Newspaper: Morning appeal. [volume]
Place of publication: Carson City, Nev.
Publisher: Robinson & Mighels
Date: 1880-08-18 00:00:00
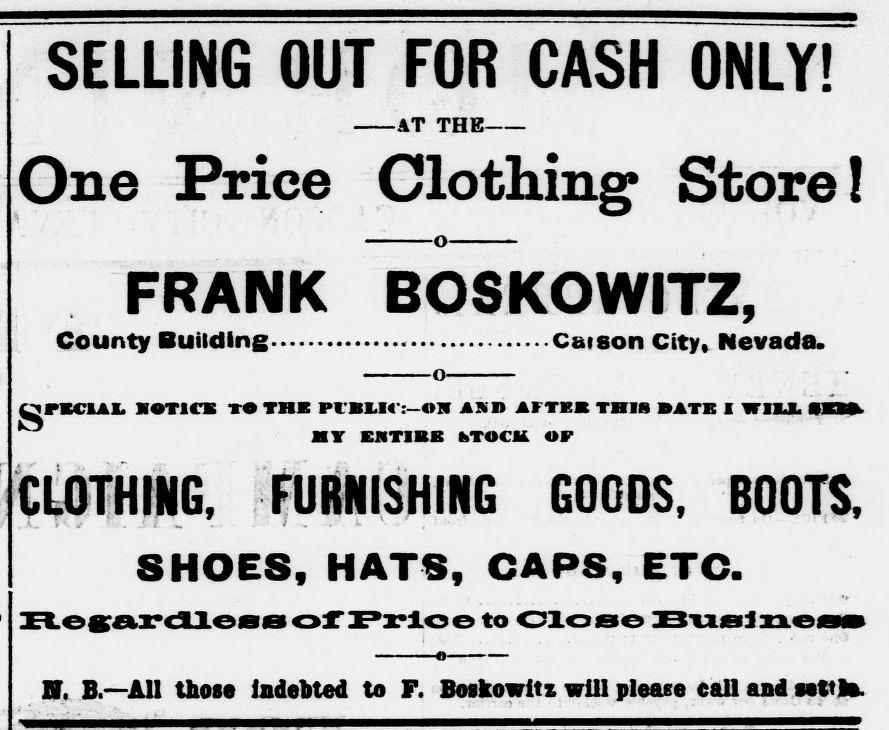
Advertisement text (OCR):
SELLING OUT -AT One Price Clothing Store! FRANK County Duildlng s FECIAL HOTICB TO THE Pl'BLM': MY EHTIBB STOCK OF CLOTHING, FURNISHING GOODS, BOOTS, SHOES. HATS. CAPS, ETC. U. B. All those indebted to F. FOR CASH ONLY! THE -o- BOSKOWITZ, Cat son City Nevada. -o- OH 1SD AFTKI THIS BATE I WIU Price to Close Suslness Boskowitz will please call and Mttfe.
Label: text-only